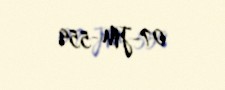
07-JM-559